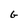
Character: G